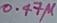
Text: 0.47µ